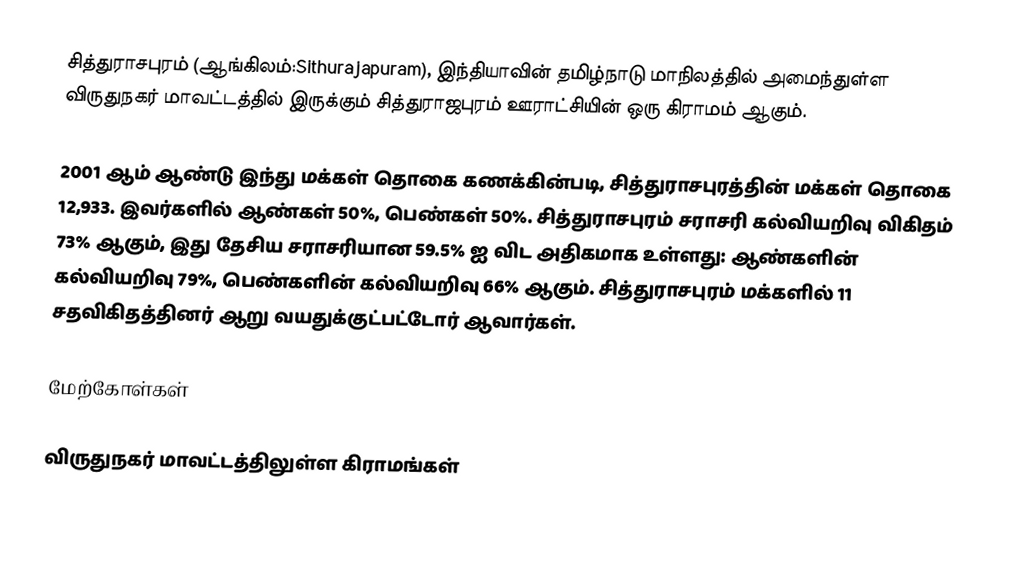
சித்துராசபுரம் (ஆங்கிலம்:Sithurajapuram), இந்தியாவின் தமிழ்நாடு மாநிலத்தில் அமைந்துள்ள விருதுநகர் மாவட்டத்தில் இருக்கும் சித்துராஜபுரம் ஊராட்சியின் ஒரு கிராமம் ஆகும்.

2001 ஆம் ஆண்டு இந்து மக்கள் தொகை கணக்கின்படி,  சித்துராசபுரத்தின் மக்கள் தொகை 12,933. இவர்களில் ஆண்கள் 50%, பெண்கள் 50%. சித்துராசபுரம் சராசரி கல்வியறிவு விகிதம் 73% ஆகும், இது தேசிய சராசரியான 59.5% ஐ விட அதிகமாக உள்ளது: ஆண்களின் கல்வியறிவு 79%, பெண்களின் கல்வியறிவு 66% ஆகும். சித்துராசபுரம் மக்களில் 11 சதவிகிதத்தினர் ஆறு வயதுக்குட்பட்டோர் ஆவார்கள்.

மேற்கோள்கள்

விருதுநகர் மாவட்டத்திலுள்ள கிராமங்கள்